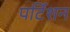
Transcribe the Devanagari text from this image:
पर्टिशन